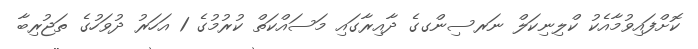
ކޮށްފައިވުމާއެކު ކްލިނިކަލް ނަރސިންގގެ ދާއިރާގައި މަސައްކަތް ކުރުމުގެ 1 އަހަރު ދުވަހުގެ ތަޖުރިބާ